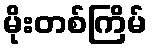
မိုးတစ်ကြိမ်